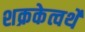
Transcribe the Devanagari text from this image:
शक्रकेत्वर्थे